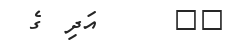
١٧      އަދި  ގެ